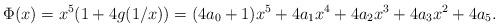
LaTeX: \begin{align*} \Phi(x) = x^5(1 + 4g(1/x)) = (4a_0+1)x^5+4a_1x^4+4a_2x^3+4a_3 x^2+4a_5.\end{align*}